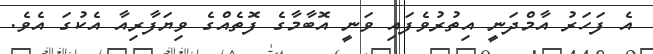
އެ ފަހަރު އާމްދަނީ އިތުރުވެފައި ވަނީ އޮބާމާގެ ފޮތެއްގެ ވިޔަފާރިއާ އެކުގަ އެވެ.